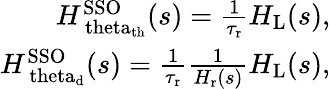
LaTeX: \begin{array}{r}{H_{\mathrm{\ theta_{\mathrm{th}}}}^{\mathrm{SSO}}(s)=\frac{1}{\tau_{\mathrm{r}}}H_{\mathrm{L}}(s),}\\ {H_{\mathrm{\ theta_{\mathrm{d}}}}^{\mathrm{SSO}}(s)=\frac{1}{\tau_{\mathrm{r}}}\frac{1}{H_{\mathrm{r}}(s)}H_{\mathrm{L}}(s),}\end{array}